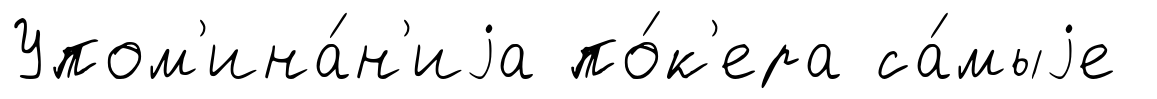
Упом'ина́н'иjа по́к'ера са́мыjе